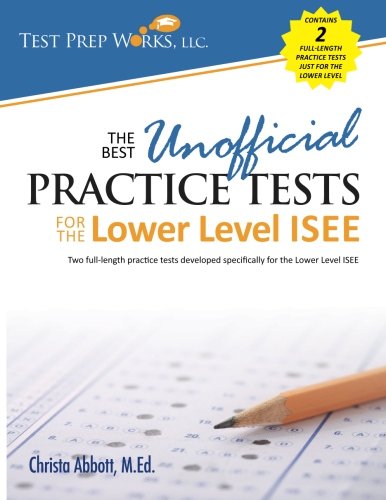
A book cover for The Best Unofficial Practice Tests for the Lower Level ISEE; Christa B Abbott M.Ed.; Test Preparation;